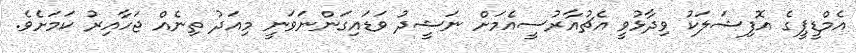
އެމްޑީޕީގެ އޮފިޝަލަކު ވިދާޅުވީ އެޗުއާރުސީއެމަށް ނަޝީދު ވަޑައިގަންނަވަނީ މިއަދު ތިނެއް ޖަހާއިރު ކަމަށެވެ.